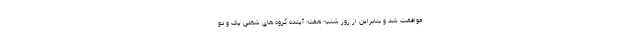
موافقت شد و بنابراین از روز شنبه هفته آینده گروه های شغلی یک و دو